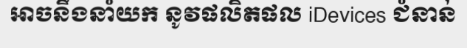
អាចនឹងនាំយក នូវផលិតផល iDevices ជំនាន់